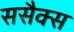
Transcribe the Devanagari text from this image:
ससैक्स